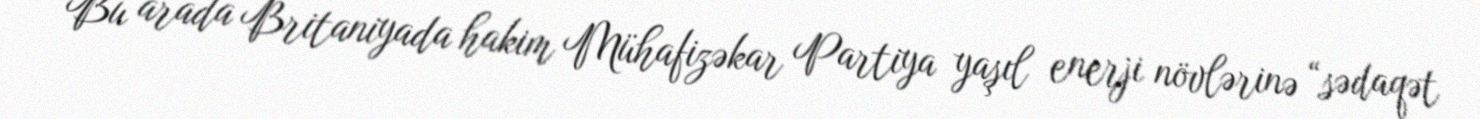
Bu arada Britaniyada hakim Mühafizəkar Partiya yaşıl enerji növlərinə “sədaqət